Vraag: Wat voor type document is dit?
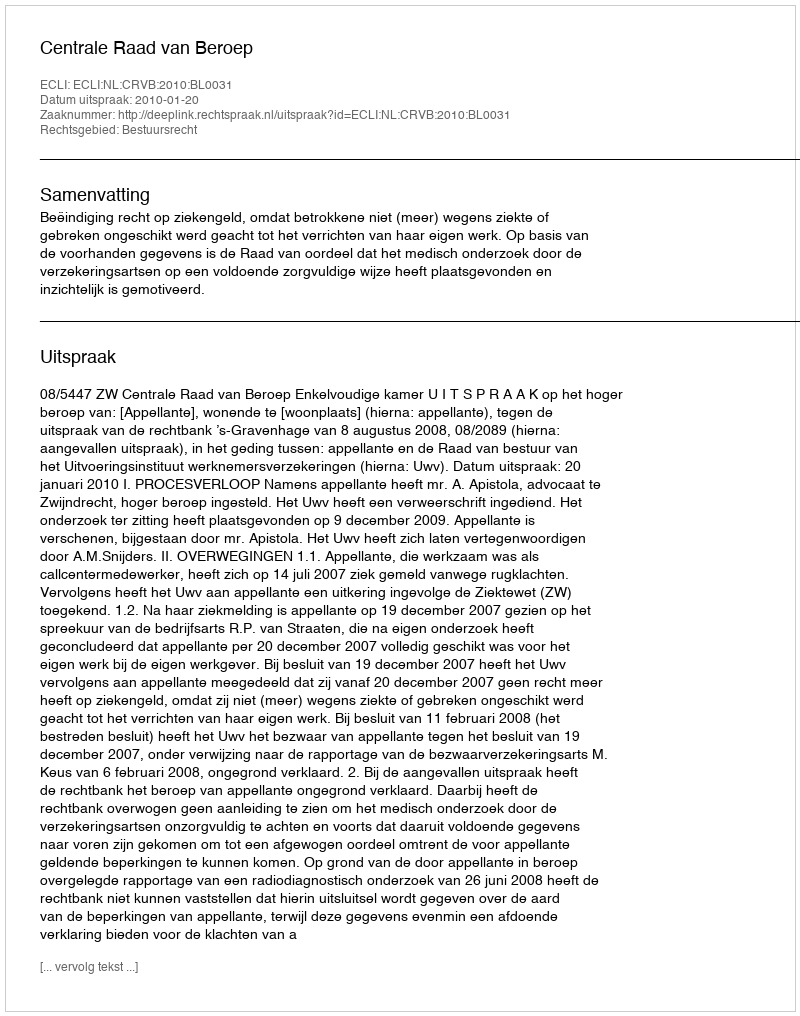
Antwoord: Uitspraak